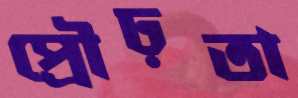
প্রৌঢ়তা